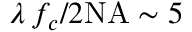
\lambda \, f _ { c } / 2 \mathrm { N A } \sim 5